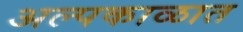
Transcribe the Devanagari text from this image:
अल्पकाळात